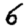
Digit: 6